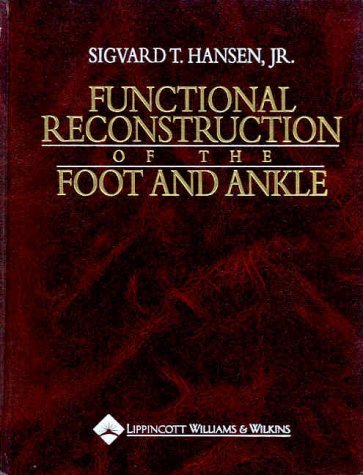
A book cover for Functional Reconstruction of the Foot and Ankle; Sigvard T. Hansen; Medical Books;